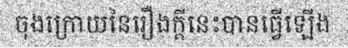
ចុងក្រោយនៃរឿងក្តីនេះបានធ្វើឡើង